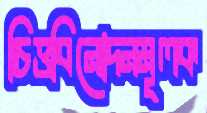
চিত্তবিনোদনমূলক